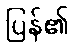
ပြန်၏